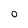
Character: O